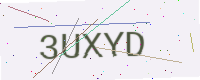
Text: 3UXYD